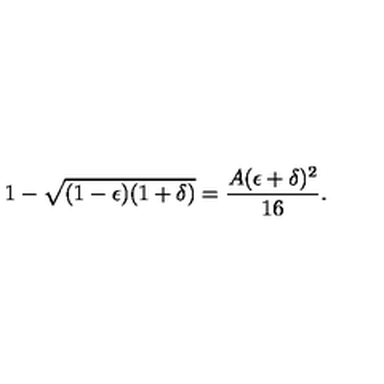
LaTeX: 1 - \sqrt { ( 1 - \epsilon ) ( 1 + \delta ) } = \frac { A ( \epsilon + \delta ) ^ { 2 } } { 1 6 } .